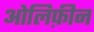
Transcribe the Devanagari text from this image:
ओलिफ़ीन